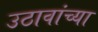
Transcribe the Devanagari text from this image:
उठावांच्या